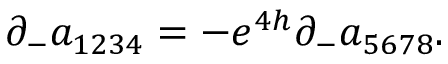
\partial _ { - } a _ { 1 2 3 4 } = - e ^ { 4 h } \partial _ { - } a _ { 5 6 7 8 } .